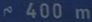
~400\mathrm{~m